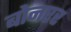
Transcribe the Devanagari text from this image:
बोनएर